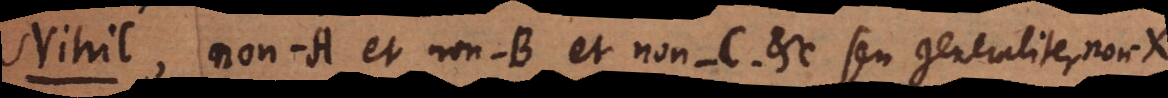
i l, non-A et non-B et non-C, etc. seu generaliter non-X,